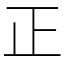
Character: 正